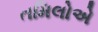
તમિલોએ